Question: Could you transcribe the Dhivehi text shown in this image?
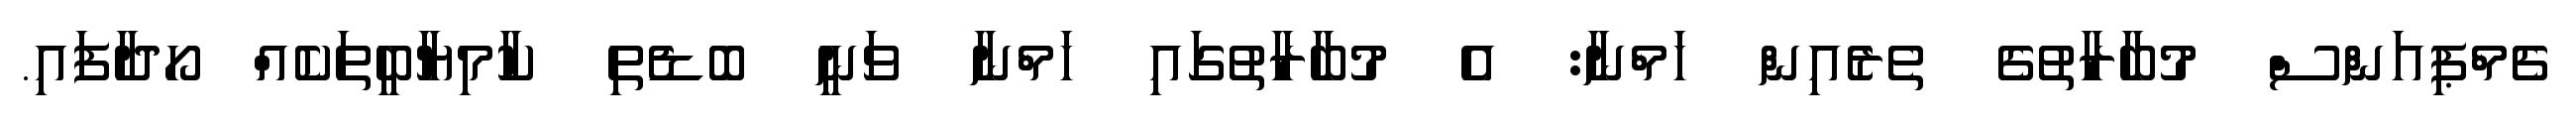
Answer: ޗެމްޕިއަންސް މުބާރާތުގެ ތެރެެއިން ހަމްނާ: އެ މުބާރާތުގައި ހަމްނާ ވަނީ ބޮޑެތި ކާމިޔާބީތަކެއް ހޯދާފައި.